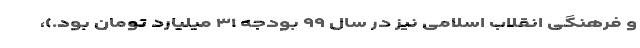
و فرهنگی انقلاب اسلامی نیز در سال ۹۹ بودجه ۳۱ میلیارد تومان بود.)،